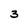
Character: 3